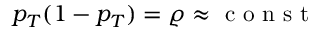
p _ { T } ( 1 - p _ { T } ) = \varrho \approx \mathrm { ~ c ~ o ~ n ~ s ~ t ~ }